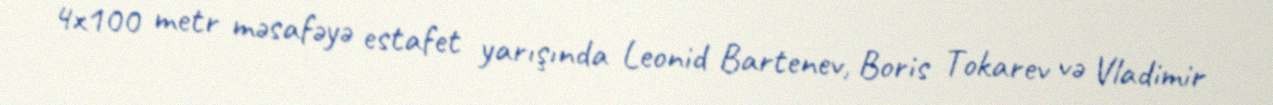
4x100 metr məsafəyə estafet yarışında Leonid Bartenev, Boris Tokarev və Vladimir